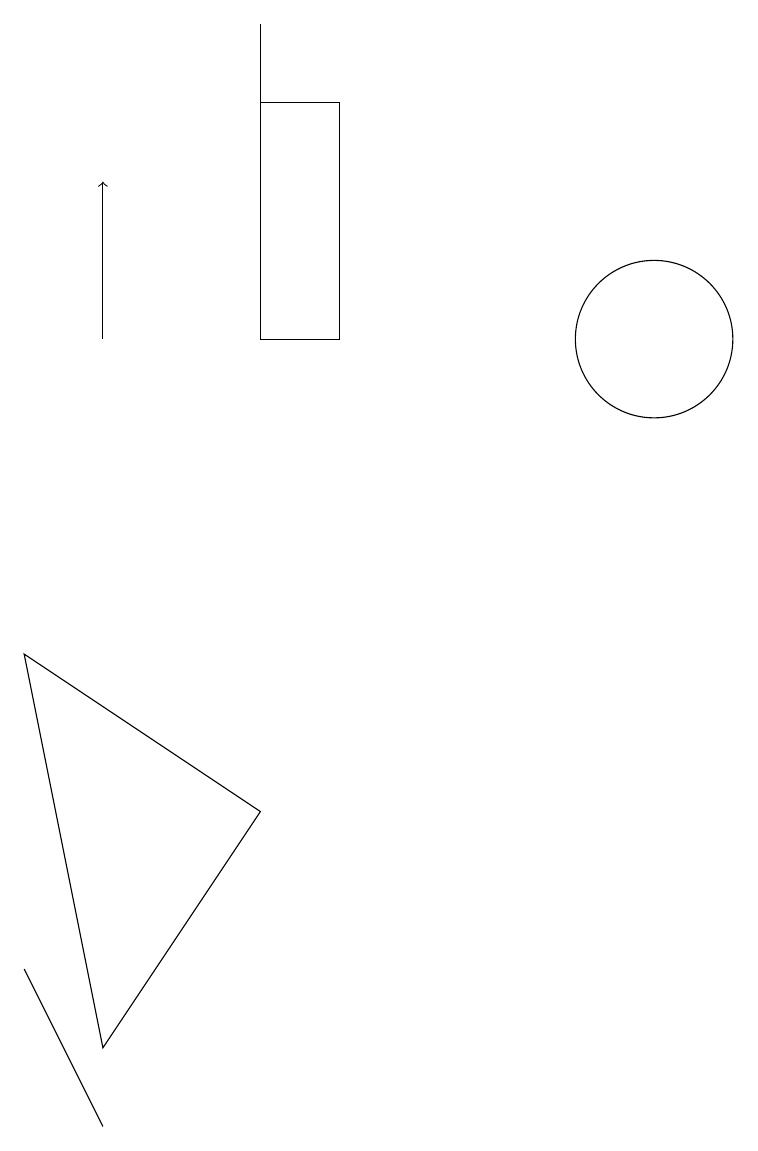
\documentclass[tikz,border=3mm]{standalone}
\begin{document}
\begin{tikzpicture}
\draw (10,10) circle (1);
\draw (6,13) rectangle (5,10);
\draw (5,10) rectangle (5,14);
\draw (2,6) -- (3,1) -- (5,4) -- cycle;
\draw (3,0) -- (2,2) -- (3,0) -- cycle;
\draw[->] (3,10) -- (3,12);
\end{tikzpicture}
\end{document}